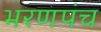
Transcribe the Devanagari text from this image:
भरणपंच